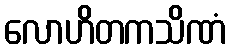
လောဟိတကသိဏံ